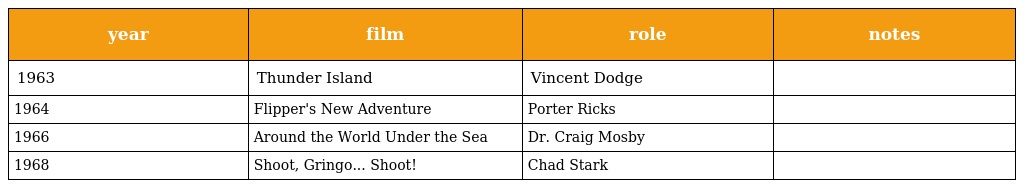
| year | film | role | notes |
 | --- | --- | --- | --- |
 | 1963 | Thunder Island | Vincent Dodge |  |
 | 1964 | Flipper's New Adventure | Porter Ricks |  |
 | 1966 | Around the World Under the Sea | Dr. Craig Mosby |  |
 | 1968 | Shoot, Gringo... Shoot! | Chad Stark |  |